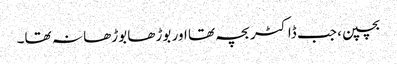
بچپن، جب ڈاکٹر بچہ تھا اور بوڑھا بوڑھا نہ تھا۔